system: You are a helpful assistant.
user:
Analyze the provided spectrum to determine if it is a **Carbon Star (C-type)**.

- **Key Visual Indicators of Carbon Star:**
    - **(Primary):** Strong molecular absorption from **C₂ (diatomic carbon) "Swan Bands."** This is the **defining feature** of a carbon star.
        - **(Key Bandheads):** Sharp absorption edges are visible at approximately $5635$ Å, $5165$ Å (the strongest band), and $4737$ Å.
        - **(Line Profile):** Creates a distinct **"saw-tooth"** pattern. The key morphology is a sharp, steep bandhead on the **red (long-wavelength) side**, which then gradually tapers off (i.e., flux recovers) towards the **blue (short-wavelength) side**. *(This is the direct opposite of the TiO bands seen in M-type stars)*.

    - **(Secondary):** Intense **CN (cyanogen)** molecular absorption bands.
        - **(Key Bandheads):** Located in the blue and violet regions of the spectrum (e.g., near $4215$ Å and $3883$ Å).
        - **(Morphology):** These bands are extremely broad and act as a "blanket," absorbing the vast majority of blue and violet light. This creates a characteristic **"cliff"** or **"steep drop-off"** in the spectrum's flux at short wavelengths.

    - **(Key Confirmation):** Strong **CH absorption band (G-band)**.
        - **(Key Bandhead):** Located around $4300$ Å. The contribution from CH molecules to this band is exceptionally strong.

    - **(Overall Spectrum):**
        - The continuum is severely "chopped up" by these deep molecular bands, especially C₂, rather than appearing as a smooth curve.
        - Due to the heavy CN and C₂ absorption in the blue-green, the vast majority of the star's flux is concentrated in the red part of the spectrum, giving the star its characteristic deep red color.

Think first, call **spectral_visualization_tool** if needed to examine features in detail, then provide your final answer. Your response must adhere to the following strict rules:
1.  **Overall Structure:** Your response must follow the format `<think>...</think> <tool_call>...</tool_call> (if a tool is used) <answer>...</answer>`.
2.  **Tool Usage Constraint:** You may only make **one** tool call per turn.
3.  **Final Answer Format:** In the `<answer>` tag, your conclusion must be inside a `\boxed{}` command (e.g., `\boxed{YES}`), followed by your justification.

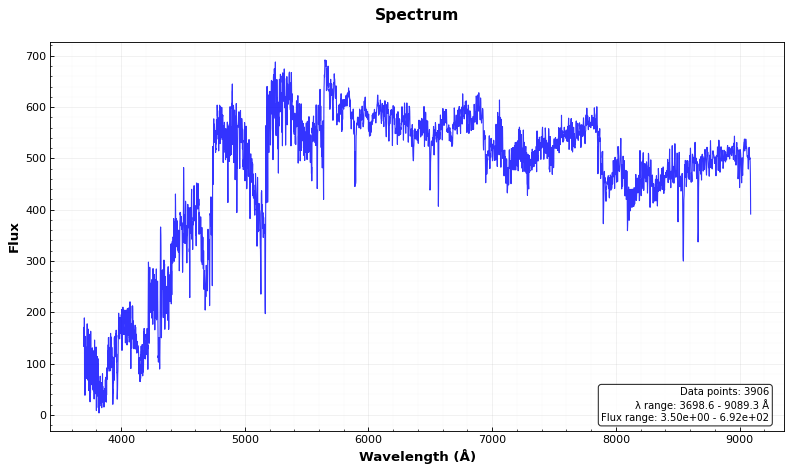
Answer: YES